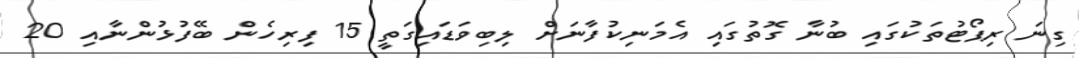
ގިނަ ރިޕޯޓުތަކުގައި ބުނާ ގޮތުގައި އެމަނިކުފާނަށް ލިބިވަޑައިގަތީ 15 ފިރިހެން ބޭފުޅުންނާއި 20